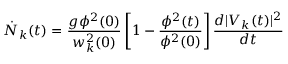
\dot { N } _ { k } ( t ) = \frac { g \phi ^ { 2 } ( 0 ) } { w _ { k } ^ { 2 } ( 0 ) } \left[ 1 - \frac { \phi ^ { 2 } ( t ) } { \phi ^ { 2 } ( 0 ) } \right] \frac { d | V _ { k } ( t ) | ^ { 2 } } { d t }